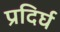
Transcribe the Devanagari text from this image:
प्रदिर्घ